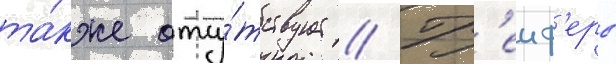
та́кже отсу́тствует // Гр'еиф'еры